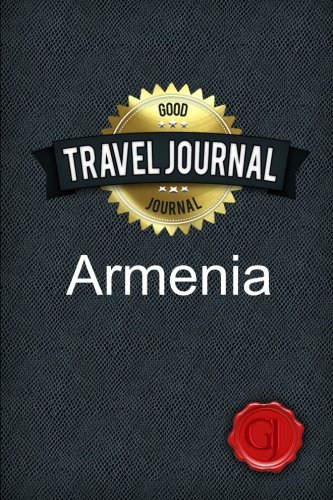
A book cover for Travel Journal Armenia; Amazing Journal; Travel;